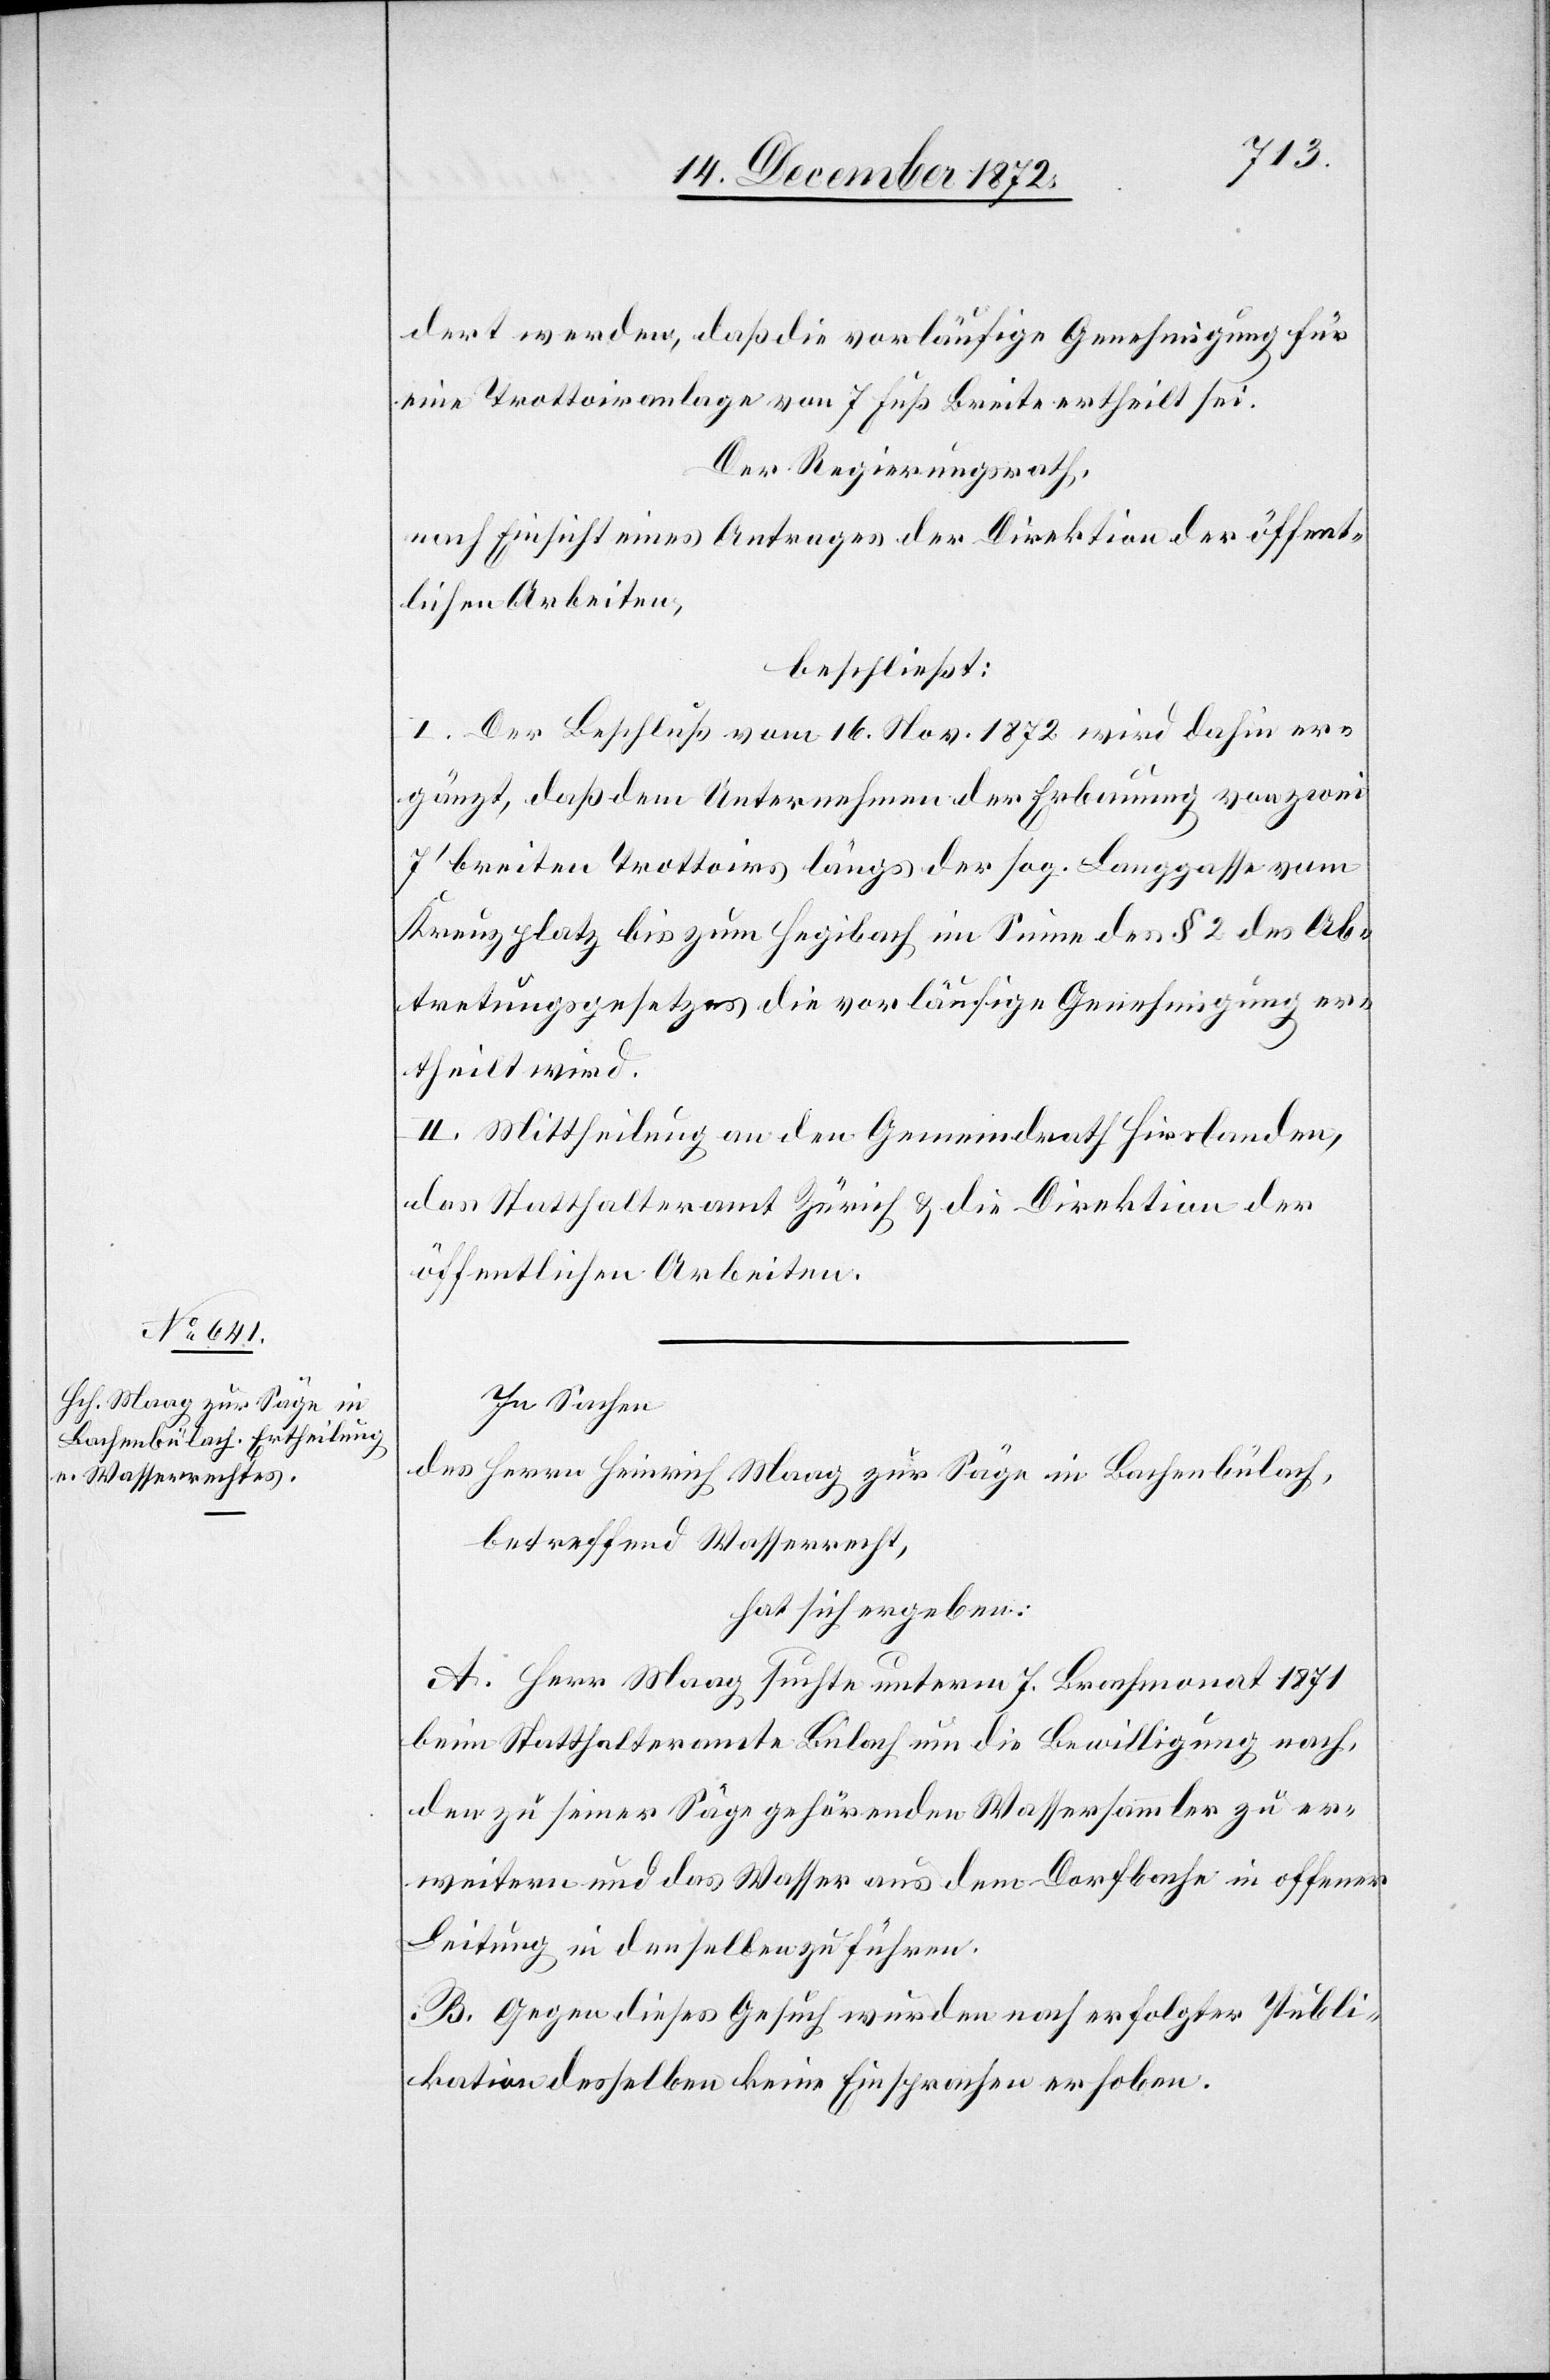
dert werden, daß die vorläufige Genehmigung für
eine Trottoiranlage von 7 Fuß Breite ertheilt sei.
Der Regierungsrath,
nach Einsicht eines Antrages der Direktion der öffent¬
lichen Arbeiten,
beschließt:
I. Der Beschluß vom 16. Nov. 1872 wird dahin er¬
gänzt, daß dem Unternehmen der Erbauung von zwei
7’ breiten Trottoirs längs der sog. Langgasse vom
Kreuzplatz bis zum Hegibach im Sinne des § 2 des Ab¬
tretungsgesetzes die vorläufige Genehmigung er¬
theilt wird.
II. Mittheilung an den Gemeindrath Hirslanden,
des Statthalteramt Zürich u. die Direktion der
öffentlichen Arbeiten.
In Sachen
des Herrn Heinrich Maag zur Säge in Bachenbülach,
betreffend Wasserrecht,
hat sich ergeben:
A. Herr Maag suchte unterm 7. Brachmonat 1871
beim Statthalteramte Bülach um die Bewilligung nach,
den zu seiner Säge gehörende Wassersammler zu er¬
weitern und das Wasser aus dem Dorfbache in offener
Leitung in den selben zu führen.
B. Gegen dieses Gesuch wurden nach erfolgter Publi¬
kation desselben keine Einsprachen erhoben.